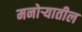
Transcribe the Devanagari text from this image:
मनोर्‍यातील